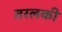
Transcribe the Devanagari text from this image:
तरलकी